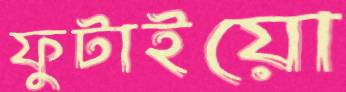
ফুটাইয়ো